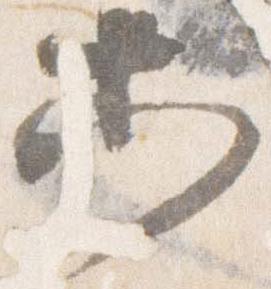
等